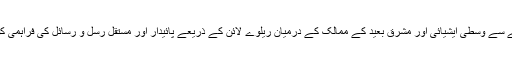
آذربائیجان کے راستے سے وسطی ایشیائی اور مشرق بعید کے ممالک کے درمیان ریلوے لائن کے ذریعے پائیدار اور مستقل رسل و رسائل کی فراہمی کو یقینی بنایا جائے گا۔